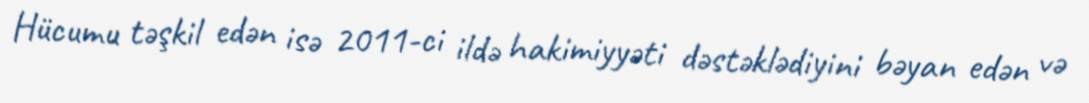
Hücumu təşkil edən isə 2011-ci ildə hakimiyyəti dəstəklədiyini bəyan edən və